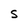
Character: S